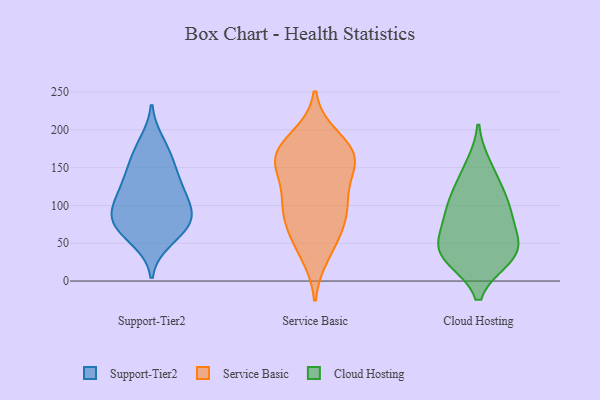
{"axis": {"x": "Gross Profit (USD K)", "y": "Value"}, "legend": ["Cloud Hosting", "Service Basic", "Support-Tier2"], "data": [{"x": "", "y": 92, "type": "Support-Tier2"}, {"x": "", "y": 75, "type": "Support-Tier2"}, {"x": "", "y": 119, "type": "Support-Tier2"}, {"x": "", "y": 81, "type": "Support-Tier2"}, {"x": "", "y": 126, "type": "Support-Tier2"}, {"x": "", "y": 54, "type": "Support-Tier2"}, {"x": "", "y": 137, "type": "Support-Tier2"}, {"x": "", "y": 106, "type": "Support-Tier2"}, {"x": "", "y": 93, "type": "Support-Tier2"}, {"x": "", "y": 77, "type": "Support-Tier2"}, {"x": "", "y": 153, "type": "Support-Tier2"}, {"x": "", "y": 183, "type": "Support-Tier2"}, {"x": "", "y": 65, "type": "Support-Tier2"}, {"x": "", "y": 168, "type": "Support-Tier2"}, {"x": "", "y": 53, "type": "Service Basic"}, {"x": "", "y": 168, "type": "Service Basic"}, {"x": "", "y": 153, "type": "Service Basic"}, {"x": "", "y": 169, "type": "Service Basic"}, {"x": "", "y": 151, "type": "Service Basic"}, {"x": "", "y": 104, "type": "Service Basic"}, {"x": "", "y": 189, "type": "Service Basic"}, {"x": "", "y": 170, "type": "Service Basic"}, {"x": "", "y": 98, "type": "Service Basic"}, {"x": "", "y": 109, "type": "Service Basic"}, {"x": "", "y": 88, "type": "Service Basic"}, {"x": "", "y": 36, "type": "Service Basic"}, {"x": "", "y": 70, "type": "Service Basic"}, {"x": "", "y": 162, "type": "Service Basic"}, {"x": "", "y": 32, "type": "Cloud Hosting"}, {"x": "", "y": 152, "type": "Cloud Hosting"}, {"x": "", "y": 30, "type": "Cloud Hosting"}, {"x": "", "y": 89, "type": "Cloud Hosting"}, {"x": "", "y": 95, "type": "Cloud Hosting"}, {"x": "", "y": 53, "type": "Cloud Hosting"}, {"x": "", "y": 68, "type": "Cloud Hosting"}, {"x": "", "y": 38, "type": "Cloud Hosting"}, {"x": "", "y": 106, "type": "Cloud Hosting"}, {"x": "", "y": 128, "type": "Cloud Hosting"}, {"x": "", "y": 37, "type": "Cloud Hosting"}]}